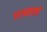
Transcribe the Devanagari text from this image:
१९१८साली